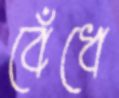
বেঁধে